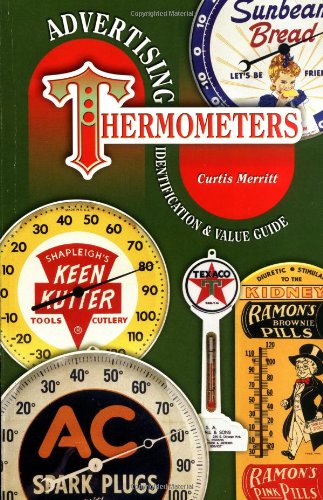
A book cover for Advertising Thermometers, Identification & Value Guide; Curtis Merritt; Crafts, Hobbies & Home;